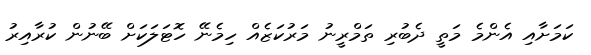
ކަމަށާއި އެންމެ މަތީ ދެބުރި ތަމްރީނު މަރުކަޒެއް ހިމެނޭ ހޮޓަލަކަށް ބޭނުން ކުރާއިރު